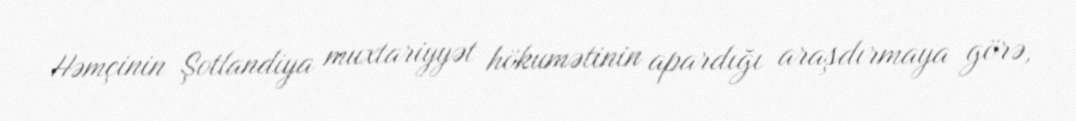
Həmçinin Şotlandiya muxtariyyət hökumətinin apardığı araşdırmaya görə,